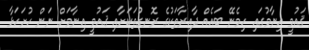
ޤައުމީ އިނާމުގައި ހިމެނޭ ބައެއް ދާއިރާތަކުގެ ރޮނގުތަކަށާއި ޤައުމީ އިނާމަށް ނަން ހުށަހަޅާ